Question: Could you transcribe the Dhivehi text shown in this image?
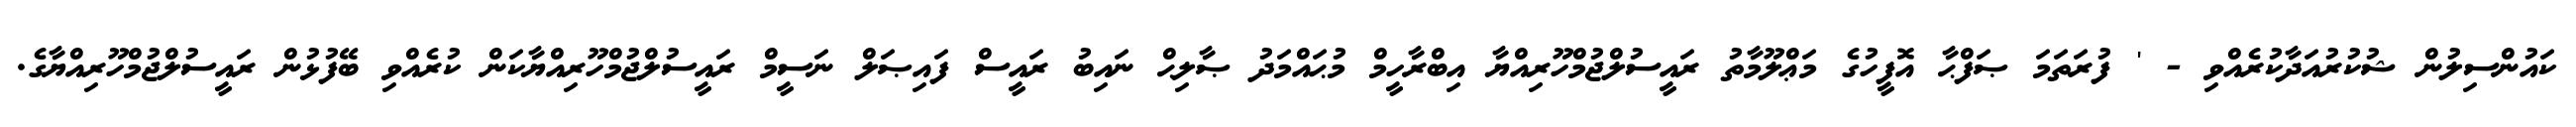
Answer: ކައުންސިލުން ޝުކުރުއަދާކުރެއްވި - ' ފުރަތަމަ ޞަފްޙާ އޮފީހުގެ މަޢްލޫމާތު ރައީސުލްޖުމްހޫރިއްޔާ އިބްރާހީމް މުޙައްމަދު ޞާލިޙް ނައިބު ރައީސް ފައިޞަލް ނަސީމް ރައީސުލްޖުމްހޫރިއްޔާކަން ކުރެއްވި ބޭފުޅުން ރައީސުލްޖުމްހޫރިއްޔާގެ.